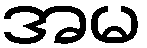
အမ